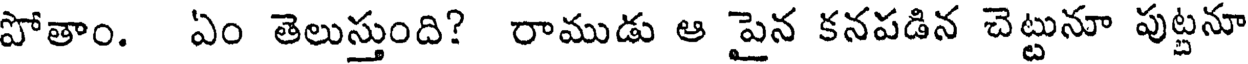
పోతాం. ఏం తెలుస్తుంది? రాముడు ఆ పైన కనపడిన చెట్టునూ పుట్టనూ